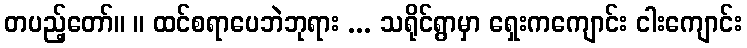
တပည့်တော်။ ။ ထင်စရာပေဘဲဘုရား ... သရိုင်ရွာမှာ ရှေးကကျောင်း ငါးကျောင်း